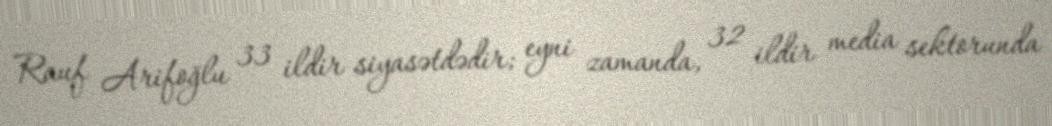
Rauf Arifoğlu 33 ildir siyasətdədir; eyni zamanda, 32 ildir media sektorunda